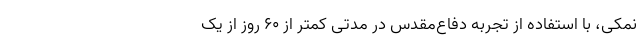
نمکی، با استفاده از تجربه دفاع‌مقدس در مدتی کمتر از ۶۰ روز از یک